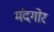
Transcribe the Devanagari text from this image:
मंदगोर